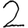
Digit: 2